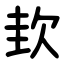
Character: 㰪